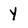
Character: Y